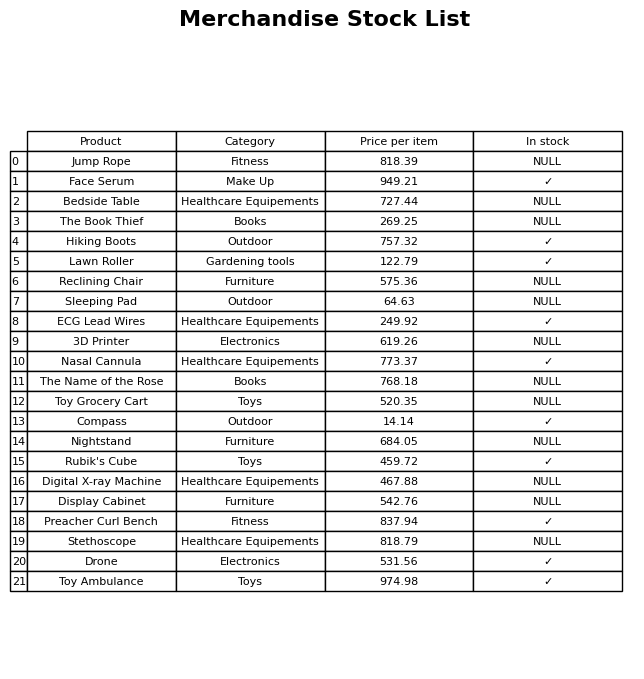
question: What is the price of the Preacher Curl Bench?
answer: The price of Preacher Curl Bench is 837.94.